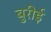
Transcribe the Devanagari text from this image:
बुरीई